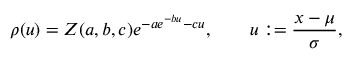
\rho ( u ) = Z ( a , b , c ) e ^ { - a e ^ { - b u } - c u } , \qquad u : = \frac { x - \mu } { \sigma } ,